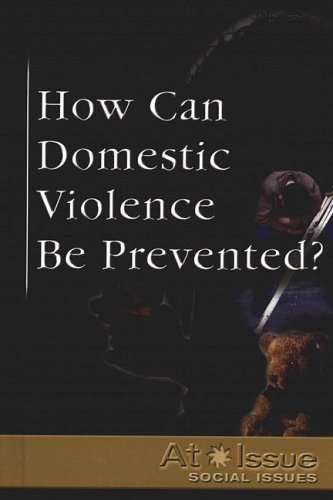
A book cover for At Issue Series - How Can Domestic Violence Be Prevented? (hardcover edition); Lisa Yount; Teen & Young Adult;